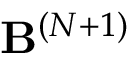
\mathbf { B } ^ { ( N + 1 ) }